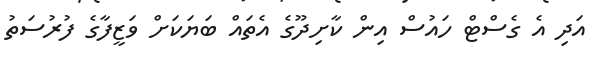
އަދި އެ ގެސްޓް ހައުސް އިން ކާށިދޫގެ އެތައް ބަޔަކަށް ވަޒީފާގެ ފުރުސަތު